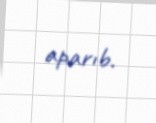
aparıb.